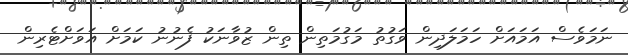
ނަމަވެސް އަމައަށް ހަމަލަދިން ވަގުތު މަގުމަތިން ތިން ޒުވާނަކު ފެނުނު ކަމަށް އަވަށްޓެރިން